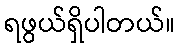
ရဖွယ်ရှိပါတယ်။